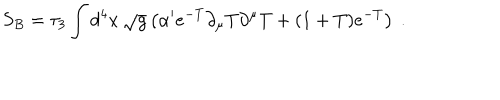
S _ { B } = \tau _ { 3 } \int d ^ { 4 } x \, \sqrt { g } \left( \alpha ^ { \prime } e ^ { - T } \partial _ { \mu } { T } \partial ^ { \mu } { T } + ( 1 + T ) e ^ { - T } \right) \ .